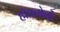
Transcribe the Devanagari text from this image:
हाॅकमेनों